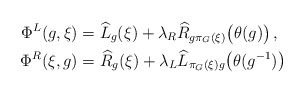
\begin{align*} \Phi^L(g,\xi)&=\widehat L_g(\xi) +\lambda_R\widehat R_{g\pi_G(\xi)}\bigl(\theta(g)\bigr)\,,\\ \Phi^R(\xi,g)&=\widehat R_g(\xi) +\lambda_L\widehat L_{\pi_G(\xi)g}\bigl(\theta(g^{-1})\bigr) \end{align*}